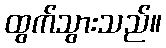
ထွက်သွားသည်။